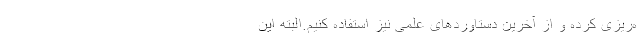
ه‌ریزی کرده و از آخرین دستاوردهای علمی نیز استفاده کنیم.البته این